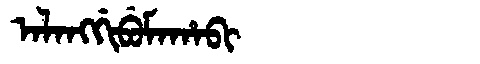
Manchu: ᠠᠯᠠᠩᡤᡳᠪᡠᠮᠠᡥᠠᠪᡳ
Romanization: ALANGGIBUMAHABI